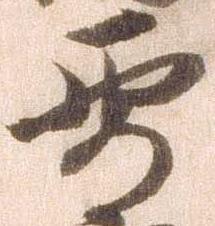
要